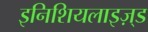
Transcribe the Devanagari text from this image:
इनिशियलाइज़्ड